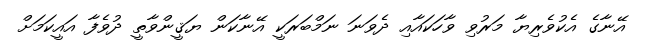
އޭނާގެ އެކުވެރިޔާ މަރުވި ވާހަކައާއި ދެވަނަ ނަމްބަރަކީ އޭނާކަން ޔަޤީންވާތީ ދުވެފާ އައީކަމަށް